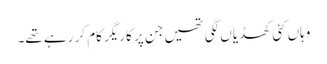
وہاں کئی کھڈیاں لگی تھیں جن پر کاریگر کام کر رہے تھے۔